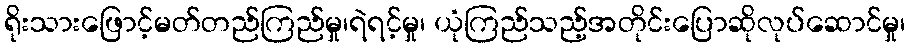
ရိုးသားဖြောင့်မတ်တည်ကြည်မှု၊ရဲရင့်မှု၊ ယုံကြည်သည့်အတိုင်းပြောဆိုလုပ်ဆောင်မှု၊